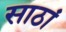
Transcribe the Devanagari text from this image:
साठां